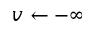
v \leftarrow - \infty